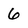
Character: 6